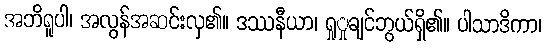
အဘိရူပါ၊ အလွန်အဆင်းလှ၏။ ဒဿနီယာ၊ ရှုှုချင်ဘွယ်ရှိ၏။ ပါသာဒိကာ၊